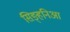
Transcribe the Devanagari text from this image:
सिङ्हनिआ